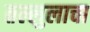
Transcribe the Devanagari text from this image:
तल्लुलाचा